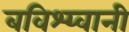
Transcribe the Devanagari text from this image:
बविश्य्वानी